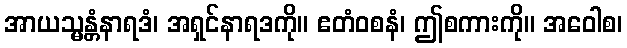
အာယသ္မန္တံနာရဒံ၊ အရှင်နာရဒကို။ ဧတံဝစနံ၊ ဤစကားကို။ အဝေါစ၊